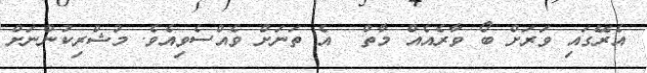
އެރޭގައި ވަރަށް ބޯ ވާރެއެއް މާތް  އެ ތަނަށް ވެއްސެވިއެވެ. މުޝްރިކުންނަށް